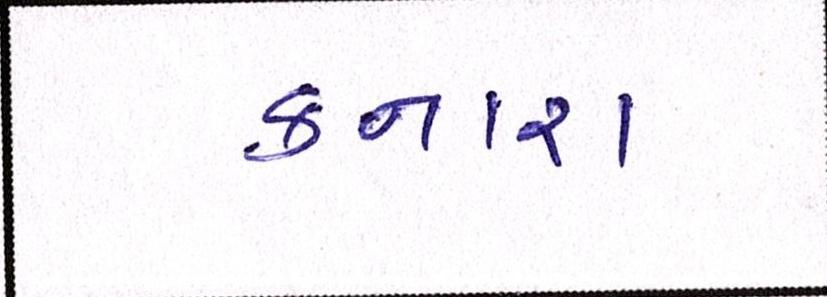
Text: કનારા